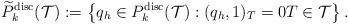
LaTeX: \begin{align*}\widetilde{P}_{k}^{\mathrm{disc}}(\mathcal{T}):=\left\{q_h\in {P}_{k}^{\mathrm{disc}}(\mathcal{T}): (q_h, 1)_T=0 T\in\mathcal{T}\right\}.\end{align*}